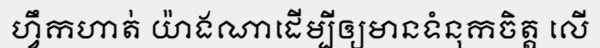
ហ្វឹកហាត់ យ៉ាងណាដើម្បីឲ្យមានទំនុកចិត្ត លើ